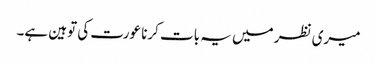
میری نظر میں یہ بات کرنا عورت کی توہین ہے۔